Newspaper: The daily morning Astorian. [volume]
Place of publication: Astoria, Oregon
Date: 1890-01-17 00:00:00
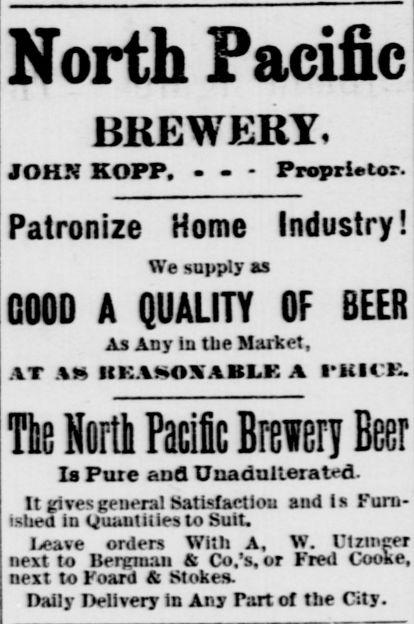
Advertisement text (OCR):
North Pacific BREWERY, JOHN KOPP, - - - Proprietor. Patronize Home Industry! We supply as GOOD A QUALITY OF BEER As Any in the Market, AT AS RKASOXABL.K A PRICK. The NorUi Pacific Brewery Beer Is Pure and Unadulterated. It gives general Satisfaction and is Furn ished in Quantities to Suit. Ieave orders With A, W. Utzincer next to Bergman & Co.'s, or Fred Cooke, next to Foard & Stokes. Daily Delivers' in Any Part of the City.
Label: text-only